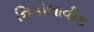
નિકોલાવીક